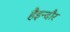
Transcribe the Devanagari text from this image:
हैइन्दौर